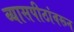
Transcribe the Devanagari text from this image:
व्यासपीठांवरून